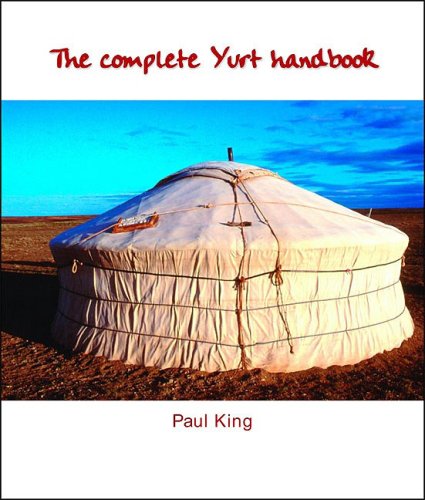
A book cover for The Complete Yurt Handbook; Paul King; Crafts, Hobbies & Home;